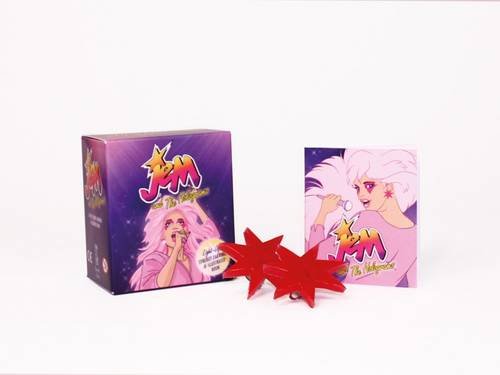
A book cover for Jem and the Holograms: Light-Up Synergy Earrings and Illustrated Book; Humor & Entertainment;